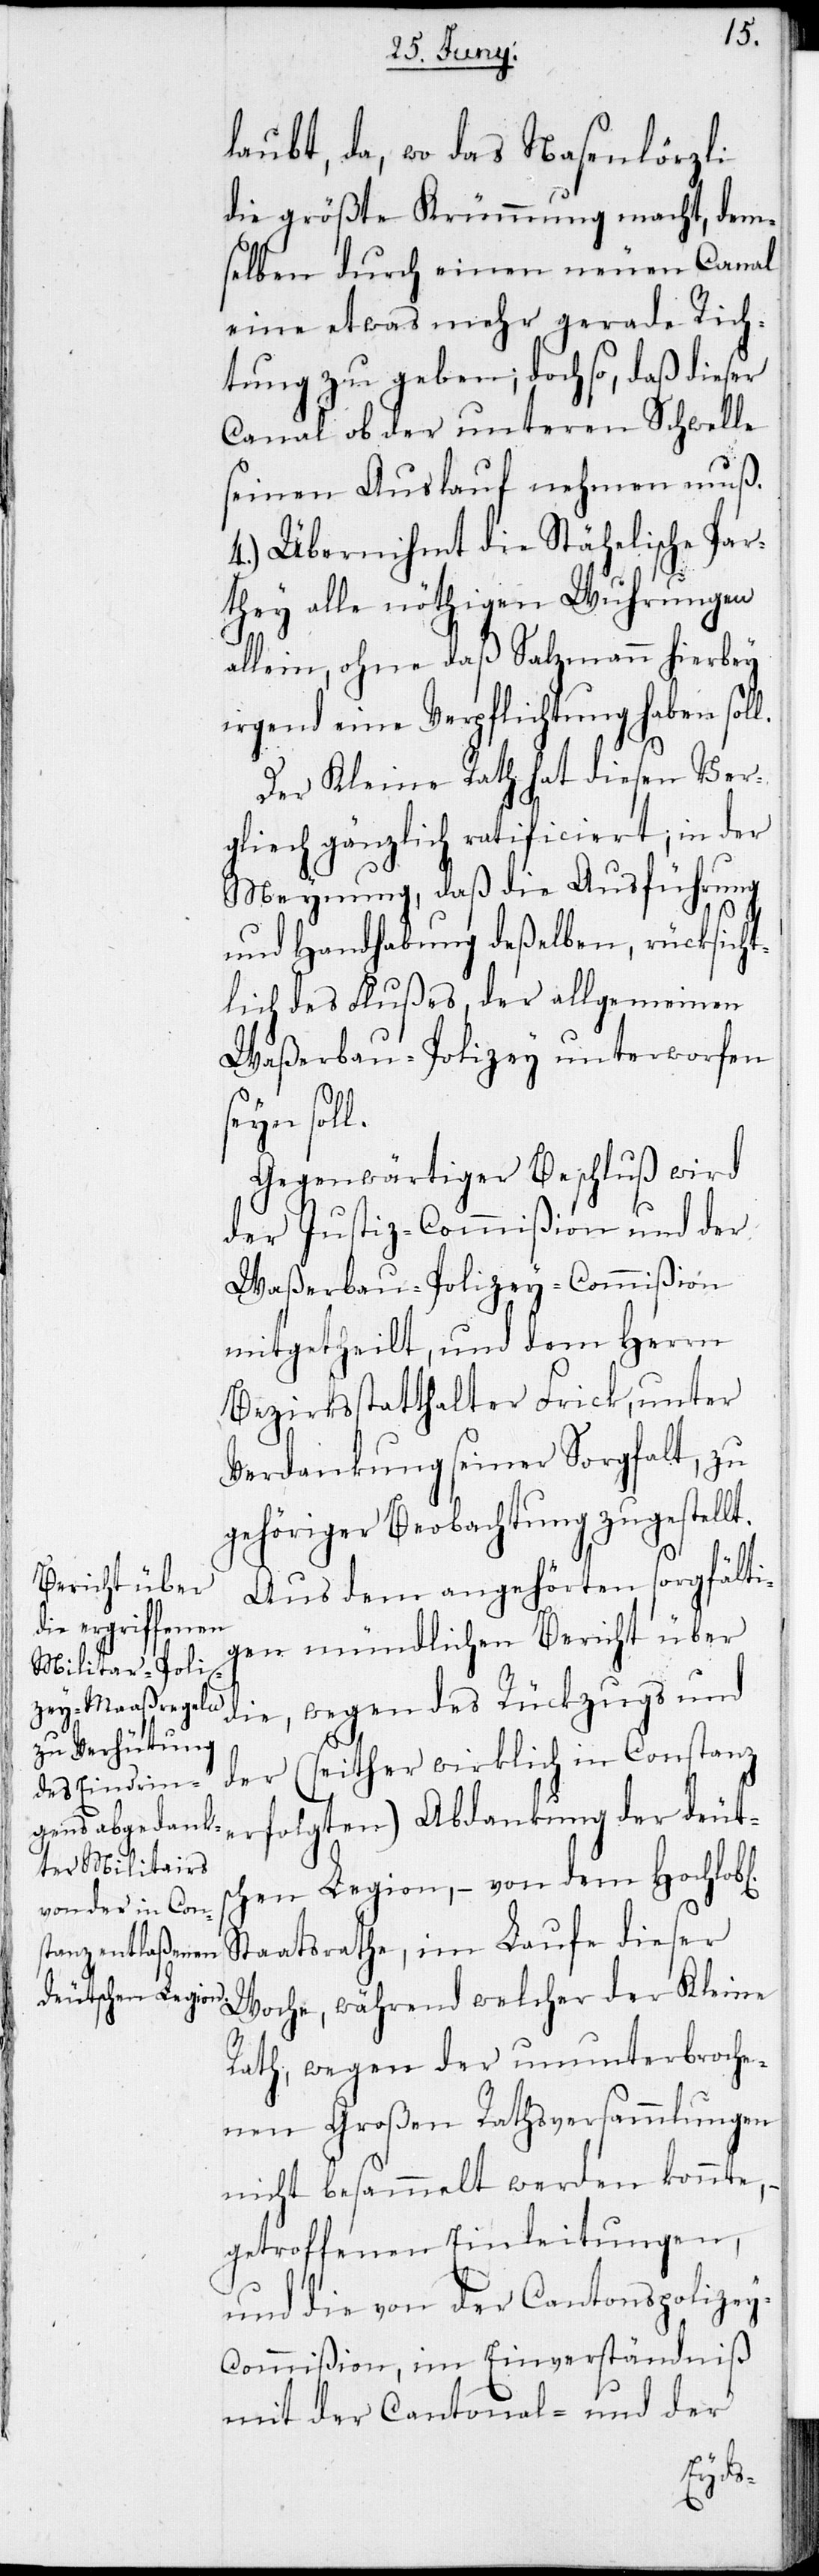
laubt, da, wo das Nasenlörzli
die größte Krümmung macht, dem¬
selben durch einen neuen Canal
eine etwas mehr gerade Rich¬
tung zu geben; doch so, daß dieser
Canal ob der unteren Schwelle
seinen Auslauf nehmen muß.
4) Übernihmt die Stähelische Par¬
they alle nöthigen Wuhrungen
allein, ohne daß Salzmann hierbey
irgend eine Verpflichtung haben soll.
Der Kleine Rath hat diesen Ver¬
gleich gänzlich ratificiert; in der
Meynung, daß die Ausführung
und Handhabung deßelben, rücksicht¬
lich des Flußes, der allgemeinen
Waßerbau-Polizey unterworfen
seyn soll.
Gegenwärtiger Beschluß wird
der Justiz-Commißion und der
Waßerbau-Polizey-Commißion
mitgetheilt, und dem Herrn
Bezirksstatthalter Frick, unter
Verdankung seiner Sorgfalt, zu
gehöriger Beobachtung zugestellt.
Aus dem angehörten sorgfälti¬
gen mündlichen Bericht über
die, wegen des Rückzugs und
der (seither wirklich in Constanz
erfolgten) Abdankung der deuts¬
chen Legion, – von dem Hochlob[l¬
Staatsrathe, im Laufe dieser
Woche, während welcher der Kleine
Rath, wegen der ununterbroche¬
nen großen Rathsversammlungen
nicht besammelt werden konnte, –
getroffenen Einleitungen,
und die von der Cantonspolize¬
y-Commißion, im Einverständniß
mit der Cantonal- und der
ichen]